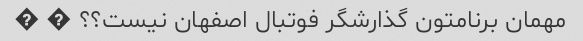
مهمان برنامتون گذارشگر فوتبال اصفهان نیست؟؟ � �